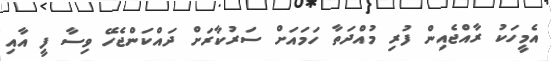
އެމީހަކު ރާއްޖެއިން ފުރި މުއްދަތާ ހަމައަށް ސަރުކާރަށް ދައްކަންޖެހޭ ވިސާ ފީ އާއި